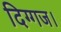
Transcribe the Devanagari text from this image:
दिग्गज।